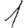
Digit: 1